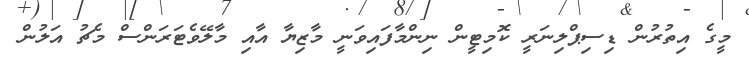
މީގެ އިތުރުން ޑިސިޕްލިނަރީ ކޮމިޓީން ނިންމާފައިވަނީ މާޒިޔާ އާއި މާލޭވެޓަރަންސް މެޗު އަލުން